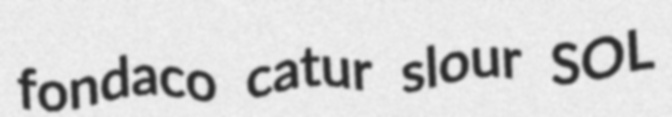
fondaco catur slour SOL